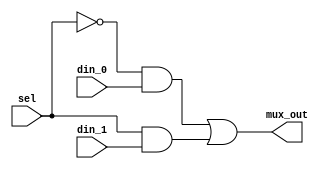
module mux_2to1(mux_out, din_0, din_1, sel);
	input din_0, din_1, sel;
	output mux_out;
	wire w_not1, w_and1, w_and2;

	not not1(w_not1, sel);
	and and1(w_and1, w_not1, din_0);
	and and2(w_and2, sel, din_1);
	or or1(mux_out, w_and1, w_and2);

endmodule